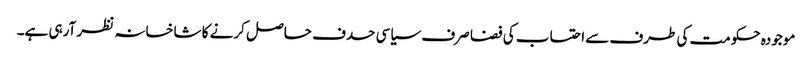
موجودہ حکومت کی طرف سے احتساب کی فضا صرف سیاسی حدف حاصل کرنے کا شاخسانہ نظر آرہی ہے۔